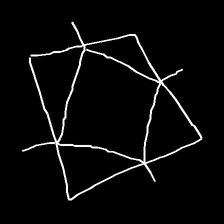
Glyph: light